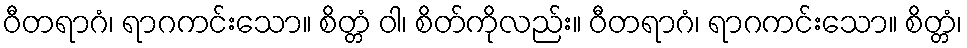
ဝီတရာဂံ၊ ရာဂကင်းသော။ စိတ္တံ ဝါ၊ စိတ်ကိုလည်း။ ဝီတရာဂံ၊ ရာဂကင်းသော။ စိတ္တံ၊